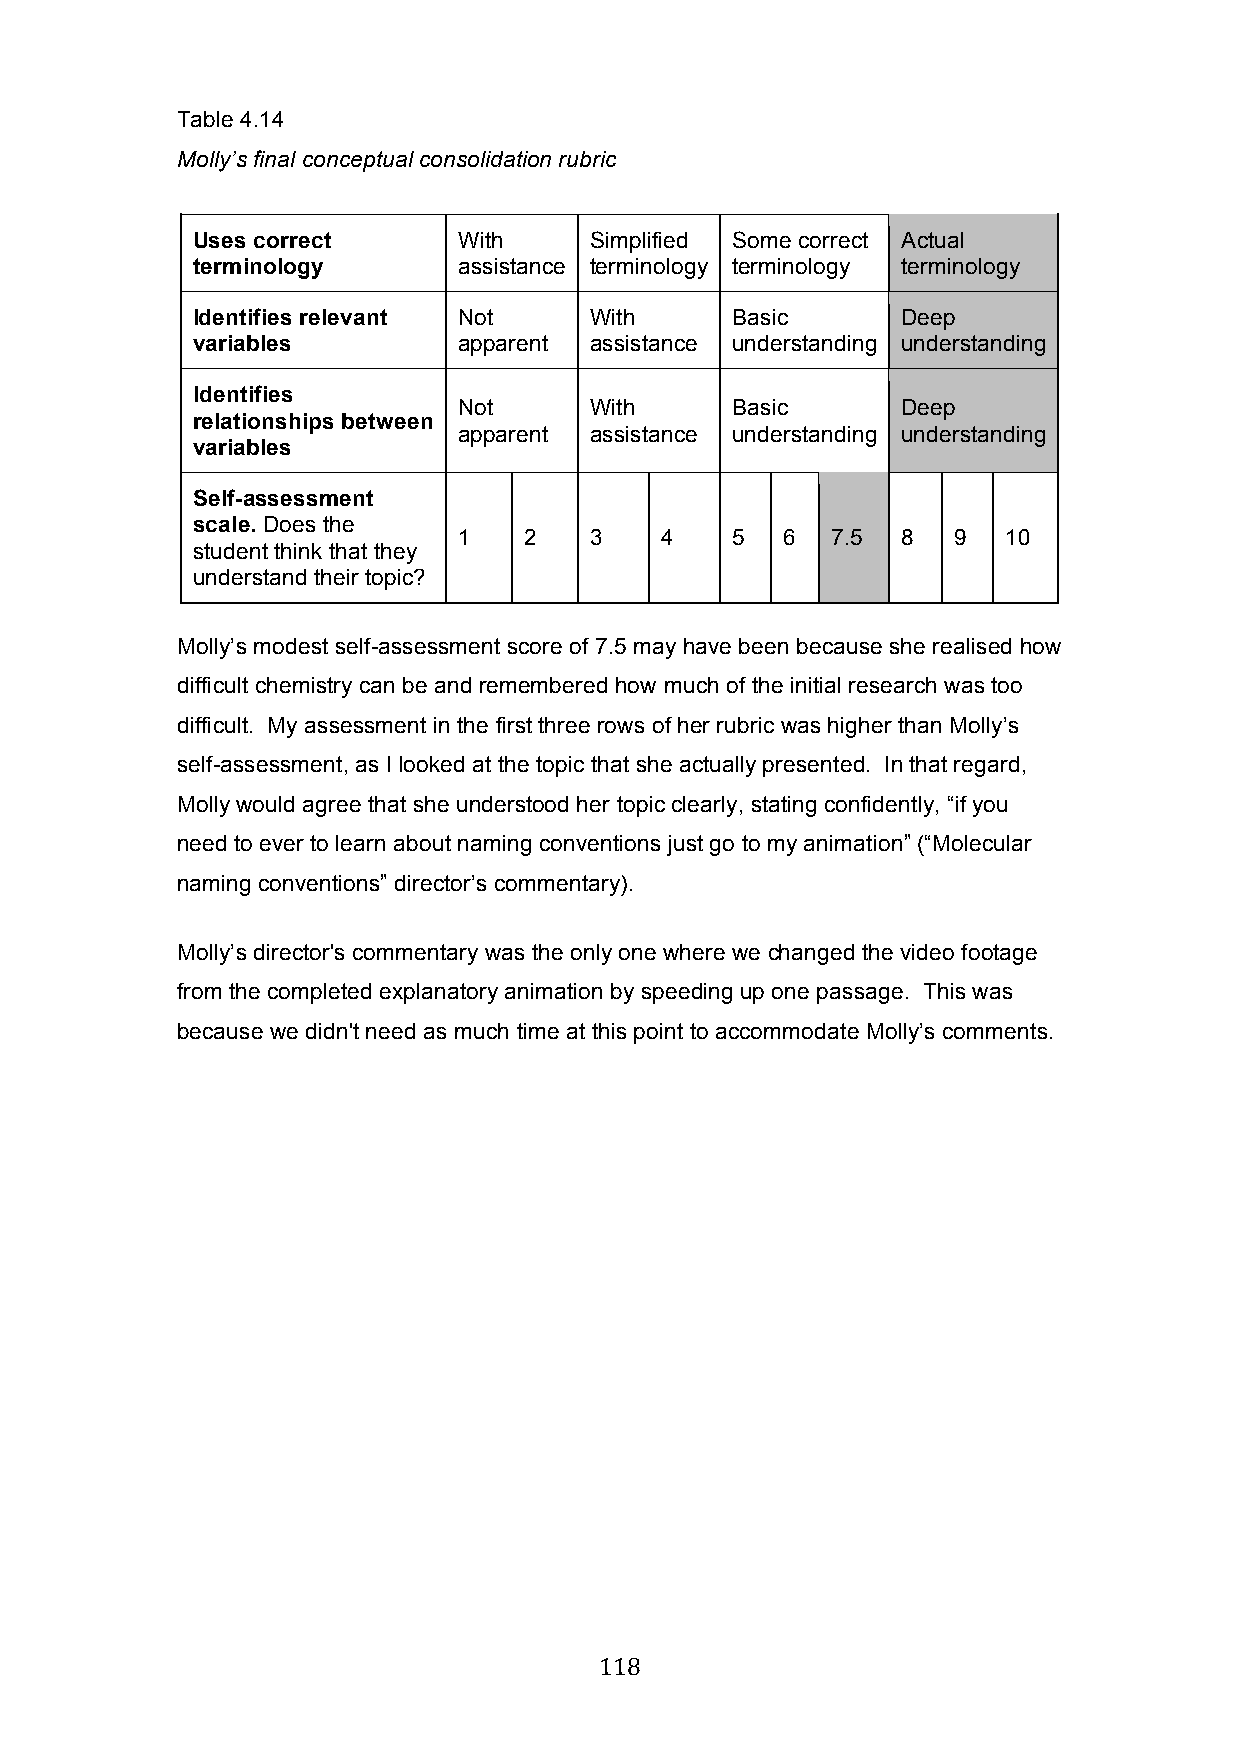
Table 4.14
 Molly’s final conceptual consolidation rubric
 Uses correct     With     Simplified Some correct Actual
 terminology      assistance terminology terminology terminology
 Identifies relevant Not   With     Basic       Deep
 variables        apparent assistance understanding understanding
 Identifies
 Not      With     Basic       Deep
 relationships between
 apparent assistance understanding understanding
 variables
 Self-assessment
 scale. Does the
 1    2   3    4   5   6  7.5  8  9  10
 student think that they
 understand their topic?
 Molly’s modest self-assessment score of 7.5 may have been because she realised how
 difficult chemistry can be and remembered how much of the initial research was too
 difficult. My assessment in the first three rows of her rubric was higher than Molly’s
 self-assessment, as I looked at the topic that she actually presented. In that regard,
 Molly would agree that she understood her topic clearly, stating confidently, “if you
 need to ever to learn about naming conventions just go to my animation” (“Molecular
 naming conventions” director’s commentary).
 Molly’s director's commentary was the only one where we changed the video footage
 from the completed explanatory animation by speeding up one passage. This was
 because we didn't need as much time at this point to accommodate Molly’s comments.
 118